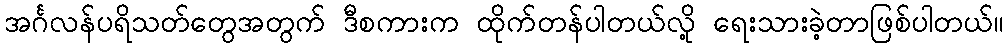
အင်္ဂလန်ပရိသတ်တွေအတွက် ဒီစကားက ထိုက်တန်ပါတယ်လို့ ရေးသားခဲ့တာဖြစ်ပါတယ်။